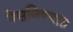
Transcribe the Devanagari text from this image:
नेसविण्यात